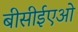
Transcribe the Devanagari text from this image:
बीसीईएओ